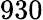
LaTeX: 930